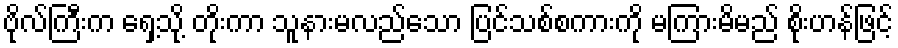
ဗိုလ်ကြီးက ရှေ့သို့ တိုးကာ သူနားမလည်သော ပြင်သစ်စကားကို မကြားမိမည် စိုးဟန်ဖြင့်